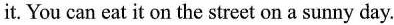
it. You can eat it on the street on a sunny day.